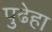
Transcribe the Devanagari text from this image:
पुढेहा